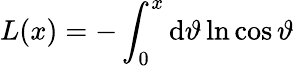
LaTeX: L(x)=-\int_{0}^{x}\mathrm{d}\vartheta\ln\cos\vartheta